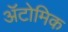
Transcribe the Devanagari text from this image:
ॲटोमिक